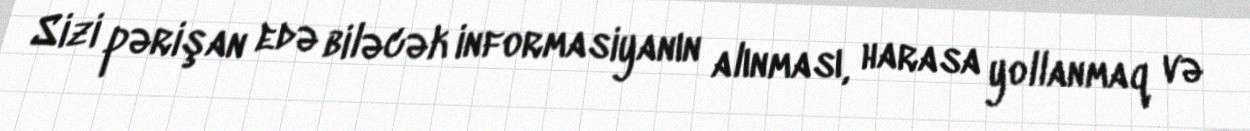
Sizi pərişan edə biləcək informasiyanın alınması, harasa yollanmaq və